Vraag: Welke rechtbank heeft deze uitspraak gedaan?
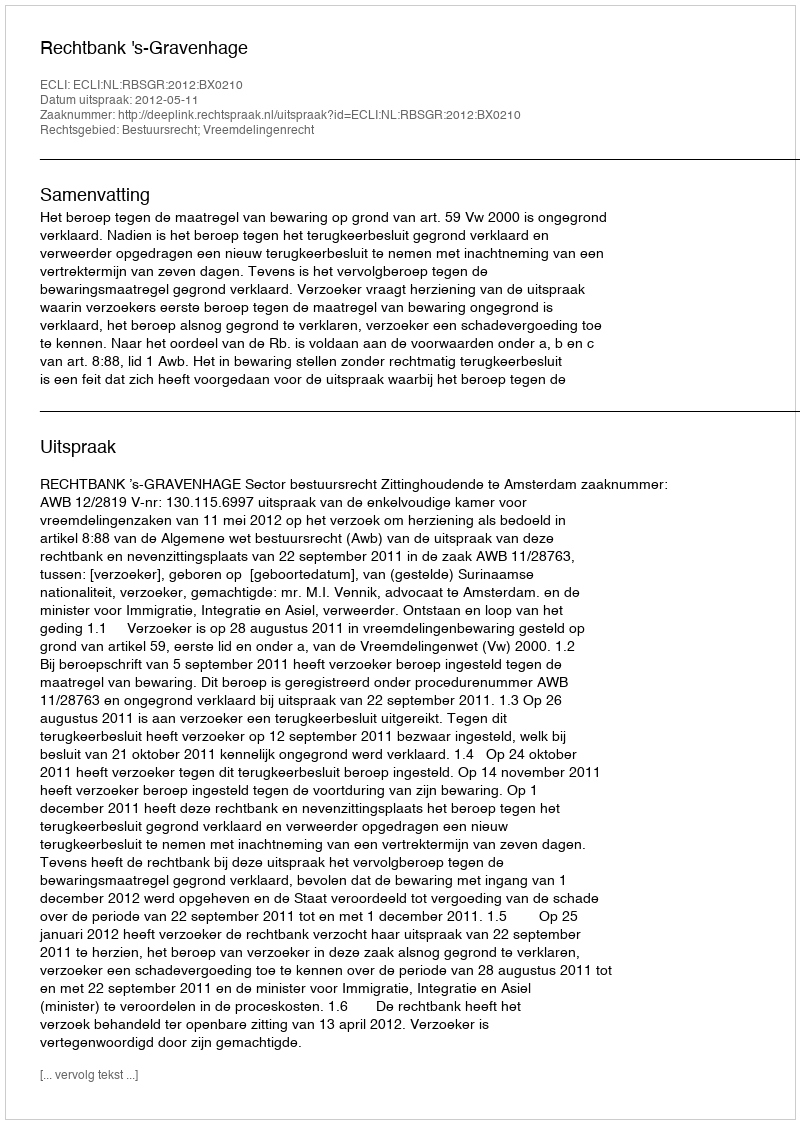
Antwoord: Rechtbank 's-Gravenhage